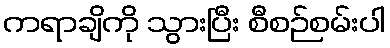
ကရာချိကို သွားပြီး စီစဉ်စမ်းပါ